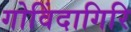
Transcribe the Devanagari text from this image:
गोविंदागिरि